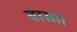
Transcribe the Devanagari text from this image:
बासा।